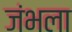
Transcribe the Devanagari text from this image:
जंभला